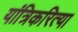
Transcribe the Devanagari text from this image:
यांत्रिकरित्या